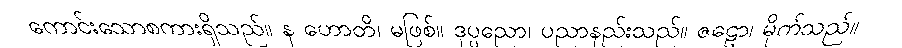
ကောင်းသောစကားရှိသည်။ န ဟောတိ၊ မဖြစ်။ ဒုပ္ပညော၊ ပညာနည်းသည်။ ဇဠော၊ မိုက်သည်။